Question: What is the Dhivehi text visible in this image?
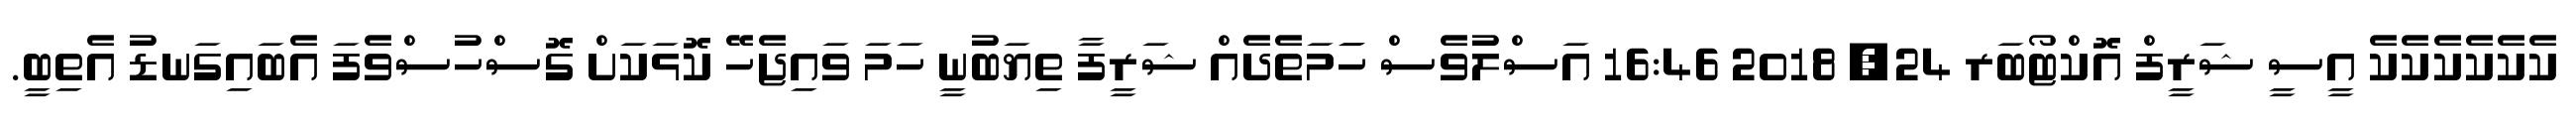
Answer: ކެކެކެކެކެކެ އީސީ ޝަރީފް އޮކްޓޯބަރ 24, 2018 16:46 އަސްލުވެސް ހަަމަތެދެއް ޝަރީފާ ތިޔަބުނީ ހަމަ ވައިޖެހޭ ކޮޅަކަށް ގޮސްހުސްވެފަ އެބައިގަނޑު އެތިބީ.